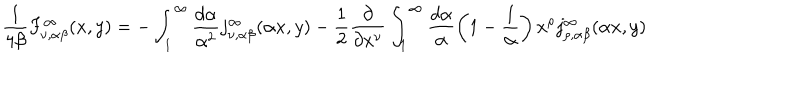
\frac { 1 } { 4 \beta } F _ { \nu , \alpha \beta } ^ { \infty } ( x , y ) = - \int _ { 1 } ^ { \infty } \frac { d \alpha } { \alpha ^ { 2 } } j _ { \nu , \alpha \beta } ^ { \infty } ( \alpha x , y ) - \frac { 1 } { 2 } \frac { \partial } { \partial x ^ { \nu } } \int _ { 1 } ^ { \infty } \frac { d \alpha } { \alpha } \left( 1 - \frac { 1 } { \alpha } \right) x ^ { \rho } j _ { \rho , \alpha \beta } ^ { \infty } ( \alpha x , y )